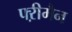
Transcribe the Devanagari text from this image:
फ्ऱीमैन